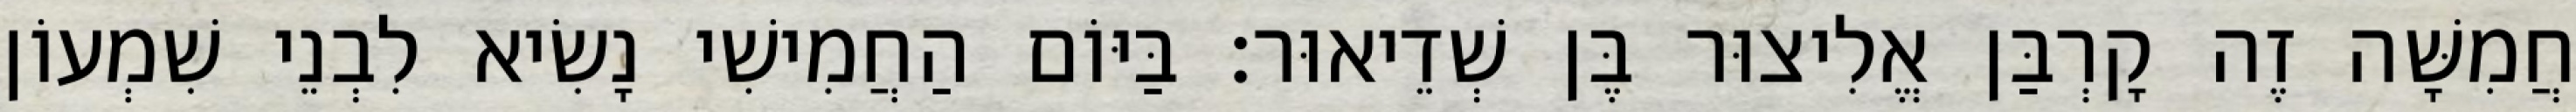
חֲמִשָּׁה זֶה קָרְבַּן אֱלִיצוּר בֶּן שְׁדֵיאוּר׃ בַּיּוֹם הַחֲמִישִׁי נָשִׂיא לִבְנֵי שִׁמְעוֹן